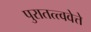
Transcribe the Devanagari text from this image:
पुरातत्त्ववेत्ते